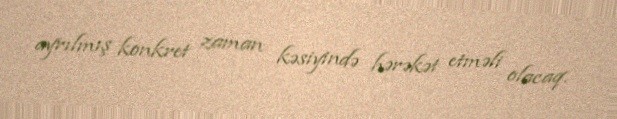
ayrılmış konkret zaman kəsiyində hərəkət etməli olacaq.